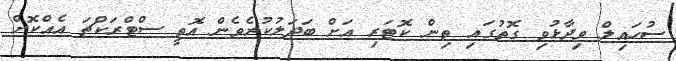
ސުހައިލް ވިދާޅުވި ގޮތުގައި ތިން ކޮޓަރި އަށް ބަދަލުކުރެވެން އޮތީ ސްޓްރަކްޗަ އެއްކޮށް